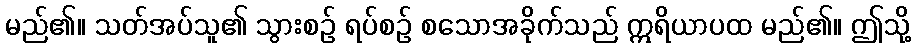
မည်၏။ သတ်အပ်သူ၏ သွားစဉ် ရပ်စဉ် စသောအခိုက်သည် ဣရိယာပထ မည်၏။ ဤသို့